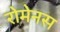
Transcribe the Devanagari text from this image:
रोमेनस